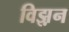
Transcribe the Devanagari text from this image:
विझ़न